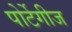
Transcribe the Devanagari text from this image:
पोर्टेगीज